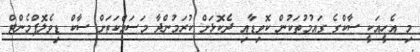
މި އެހީއަކީ ސާކްގެ ގައުމުތަކުން ކޮވިޑާއި ދެކޮޅަށް ކުރަމުންދާ މަސައްކަތަށް ސާކް ޑިވެލޮޕްމެންޓް